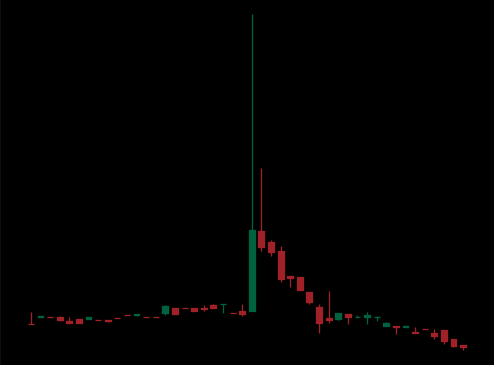
Pattern: head_shoulders